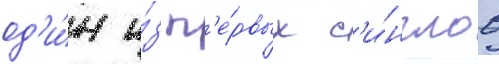
од'и́н и́з п'е́рвых с'и́нглов